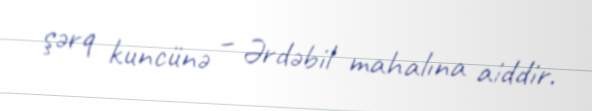
şərq kuncünə – Ərdəbil mahalına aiddir.